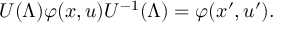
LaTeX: U ( \Lambda ) \varphi ( x , u ) U ^ { - 1 } ( \Lambda ) = \varphi ( x ^ { \prime } , u ^ { \prime } ) .